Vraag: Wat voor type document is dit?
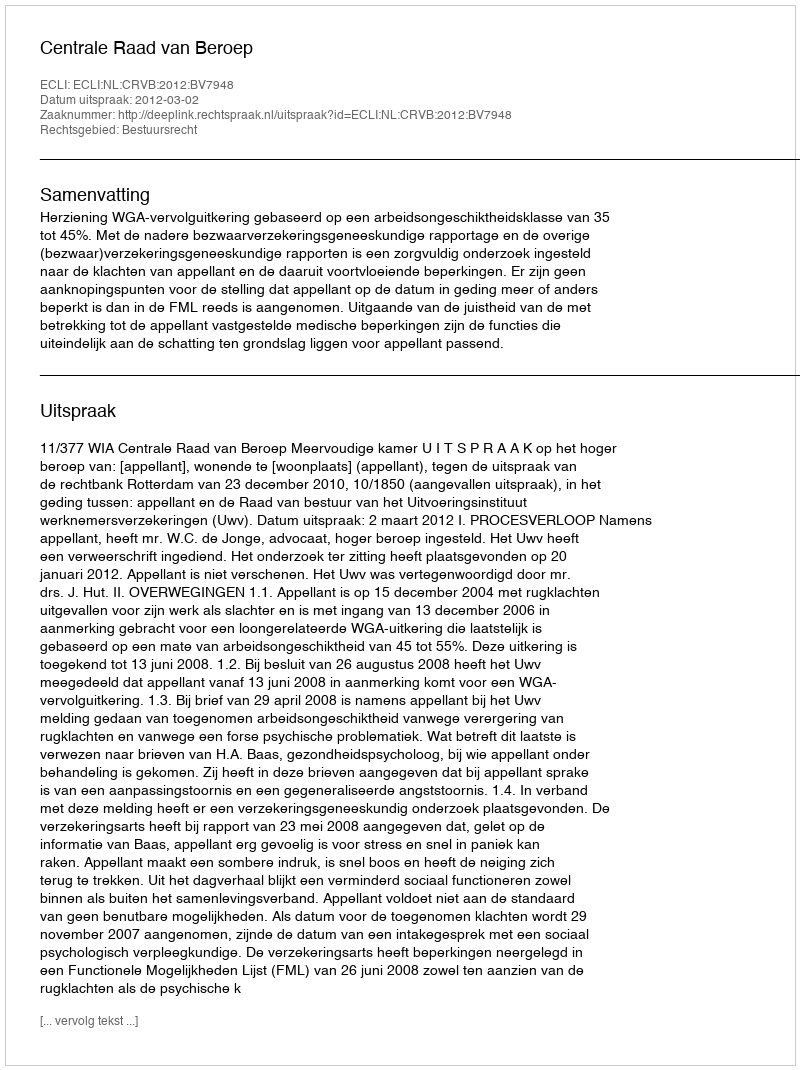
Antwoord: Uitspraak